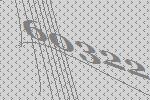
60322